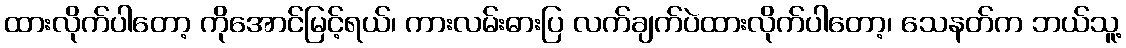
ထားလိုက်ပါတော့ ကိုအောင်မြင့်ရယ်၊ ကားလမ်းဓားပြ လက်ချက်ပဲထားလိုက်ပါတော့၊ သေနတ်က ဘယ်သူ့